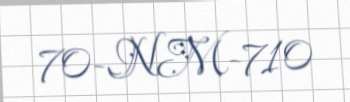
70-NM-710